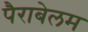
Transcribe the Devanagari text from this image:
पैराबेलम